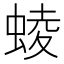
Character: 䗀